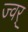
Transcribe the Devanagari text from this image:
ज्वर्